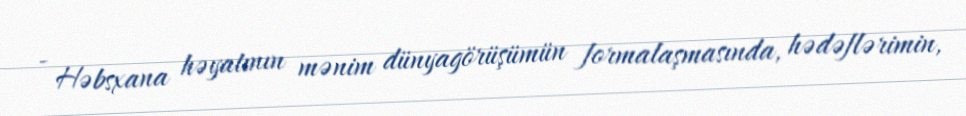
- Həbsxana həyatının mənim dünyagörüşümün formalaşmasında, hədəflərimin,